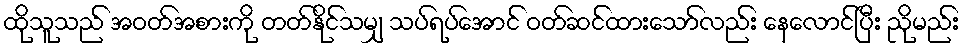
ထိုသူသည် အဝတ်အစားကို တတ်နိုင်သမျှ သပ်ရပ်အောင် ဝတ်ဆင်ထားသော်လည်း နေလောင်ပြီး ညိုမည်း